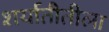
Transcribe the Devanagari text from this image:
शर्यातीतीला